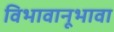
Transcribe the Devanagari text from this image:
विभावानूभावा